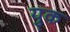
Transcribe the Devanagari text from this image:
युक